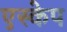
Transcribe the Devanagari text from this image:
एस्‍केप